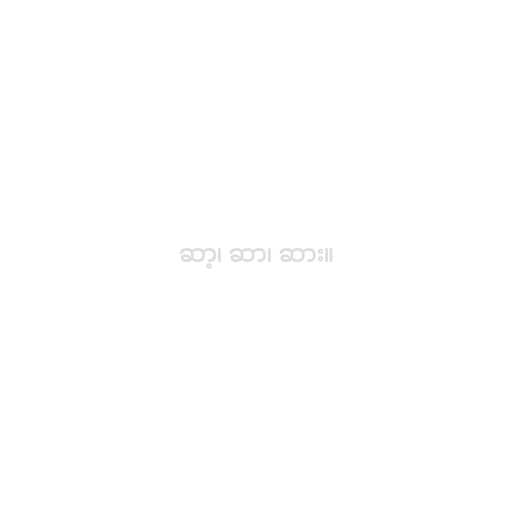
ဆာ့၊ ဆာ၊ ဆား။